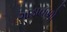
ગાડાવાળો